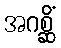
အဂစ္ဆိံ